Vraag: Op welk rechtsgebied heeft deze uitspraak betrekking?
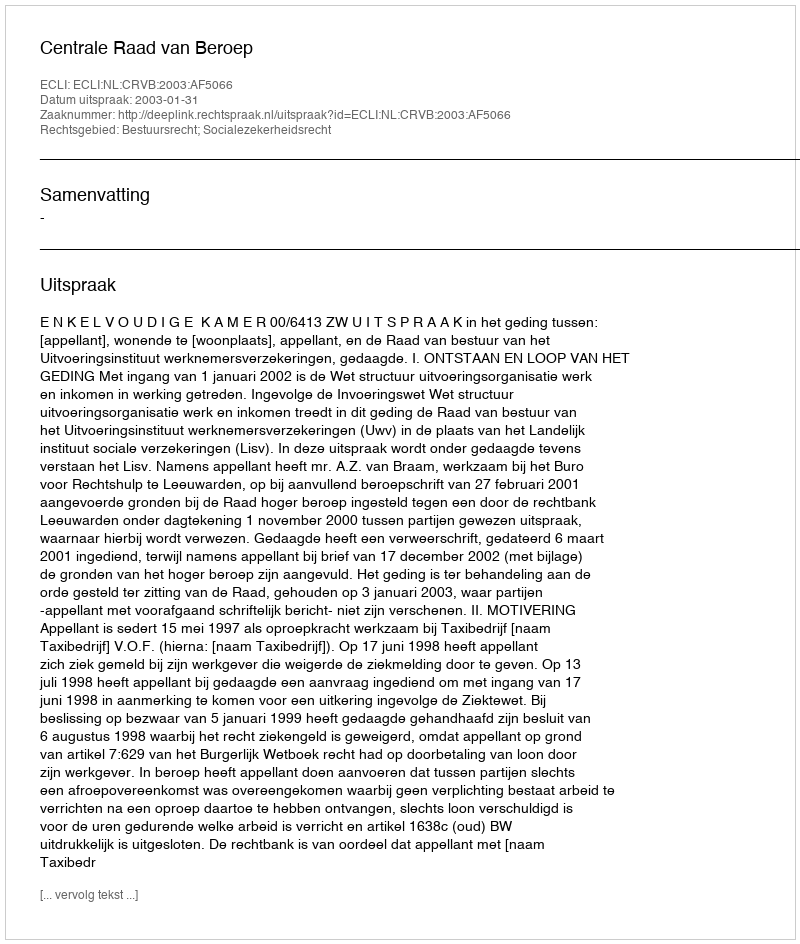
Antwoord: Bestuursrecht; Socialezekerheidsrecht